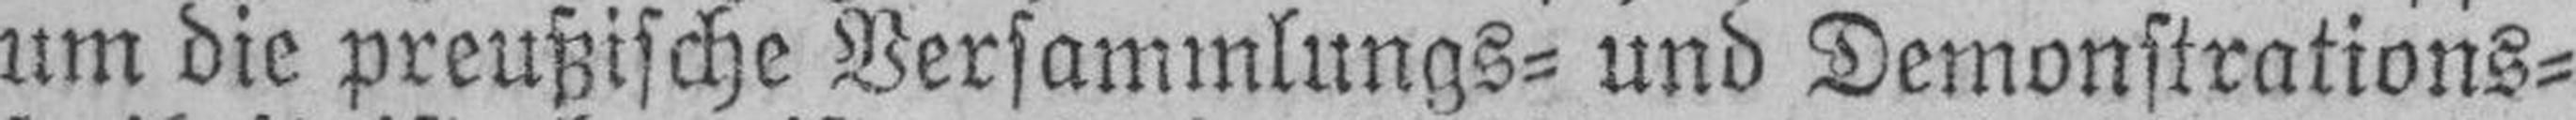
um die preußische Versammlungs- und Demonstrations¬